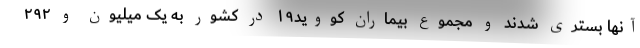
آنها بستری شدند و مجموع بیماران کووید۱۹ در کشور به یک میلیون و ۲۹۲